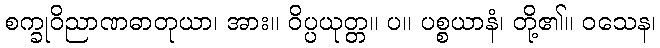
စက္ခုဝိညာဏဓာတုယာ၊ အား။ ဝိပ္ပယုတ္တ။ ပ။ ပစ္စယာနံ၊ တို့၏။ ဝသေန၊